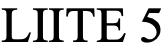
LIITE 5